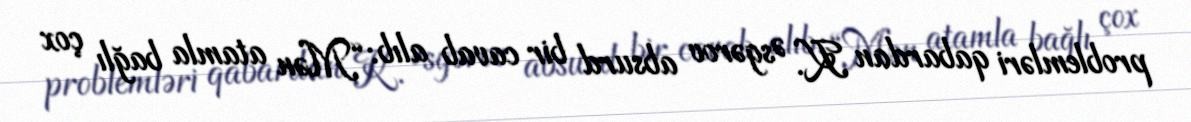
problemləri qabardan K. Əsgərov absurd bir cavab alıb: “Mən atamla bağlı çox